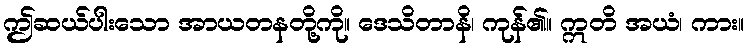
ဤဆယ်ပါးသော အာယတနတို့ကို။ ဒေသိတာနိ၊ ကုန်၏။ ဣတိ အယံ၊ ကား။